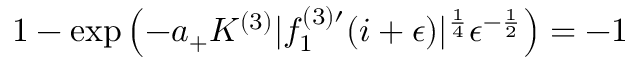
1 - \exp \left( - a _ { + } K ^ { ( 3 ) } | f _ { 1 } ^ { ( 3 ) \prime } ( i + \epsilon ) | ^ { \frac { 1 } { 4 } } \epsilon ^ { - \frac { 1 } { 2 } } \right) = - 1